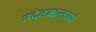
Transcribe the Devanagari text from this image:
तदेतत्क्षन्तव्यं